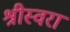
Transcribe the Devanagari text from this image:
श्रीस्वरा